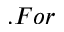
. F o r